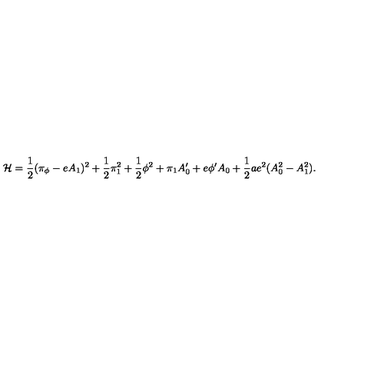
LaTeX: { \cal H } = { \frac { 1 } { 2 } } ( \pi _ { \phi } - e A _ { 1 } ) ^ { 2 } + { \frac { 1 } { 2 } } \pi _ { 1 } ^ { 2 } + { \frac { 1 } { 2 } } \phi ^ { 2 } + \pi _ { 1 } A _ { 0 } ^ { \prime } + e \phi ^ { \prime } A _ { 0 } + { \frac { 1 } { 2 } } a e ^ { 2 } ( A _ { 0 } ^ { 2 } - A _ { 1 } ^ { 2 } ) .